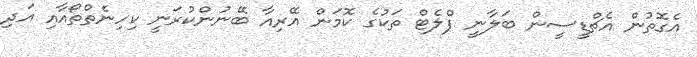
އެގޮތުން އެޗްޑީސީން ބަލާނީ ފްލެޓް ތަކުގެ ކޮމަން އޭރިއާ ބޭނުންކުރަނީ ކިހިނެތްތޯއާއި އަދި